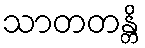
သာတတန္တိ